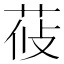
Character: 𦰞